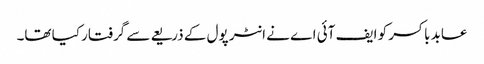
عابد باکسر کو ایف آئی اے نے انٹر پول کے ذریعے سے گرفتار کیا تھا۔